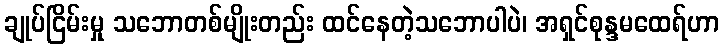
ချုပ်ငြိမ်းမှု သဘောတစ်မျိုးတည်း ထင်နေတဲ့သဘောပါပဲ၊ အရှင်စုန္ဒမထေရ်ဟာ